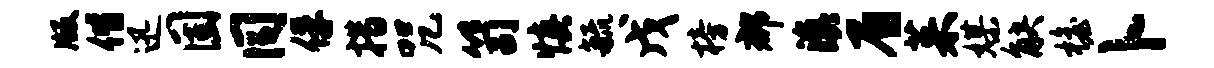
版偕迅固同俘措咒笥慎毓戊榜郡滇眉茱媒觖檐卜